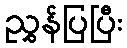
ညွှန်ပြပြီး